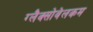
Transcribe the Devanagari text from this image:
ग्लैक्सोवेलकम